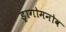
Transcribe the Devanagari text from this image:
ड्रागोमनोव